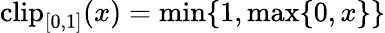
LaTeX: \mathrm{clip}_{[0,1]}(x)=\operatorname*{min}\{ 1,\operatorname*{max}\{ 0,x\} \}